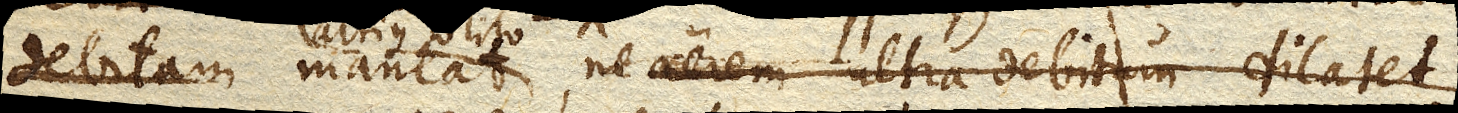
maneat , ne aerem ultra debitam dilatet